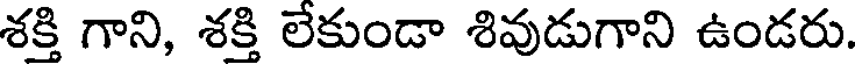
శక్తి గాని, శక్తి లేకుండా శివుడుగాని ఉండరు.